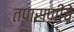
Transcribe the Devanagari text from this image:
तपासणीचे